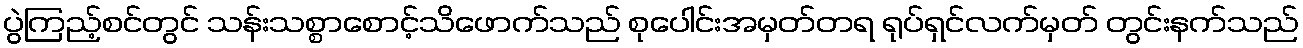
ပွဲကြည့်စင်တွင် သန်းသစ္စာစောင့်သိဖောက်သည် စုပေါင်းအမှတ်တရ ရုပ်ရှင်လက်မှတ် တွင်းနက်သည်